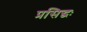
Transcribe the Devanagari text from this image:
प्रसिद्धः